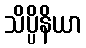
သိပ္ပိနိယာ